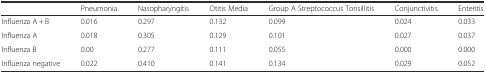
|  | Pneumonia | Nasopharyngitis | Otitis Media | Group A Streptococcus Tonsillitis | Conjunctivitis | Enteritis |
 | --- | --- | --- | --- | --- | --- | --- |
 | Influenza A + B | 0.016 | 0.297 | 0.132 | 0.099 | 0.024 | 0.033 |
 | Influenza A | 0.018 | 0.305 | 0.129 | 0.101 | 0.027 | 0.037 |
 | Influenza B | 0.00 | 0.277 | 0.111 | 0.055 | 0.000 | 0.000 |
 | Influenza negative | 0.022 | 0.410 | 0.141 | 0.134 | 0.029 | 0.052 |